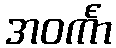
အဝင်္ကာ